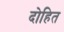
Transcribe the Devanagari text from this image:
दोहित